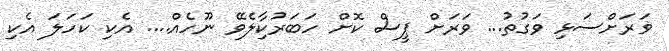
ޥަރަށްސަޅި ވަގުތު... ވަރަށް ޕީސް ކޮށް ހަބަރުކިާލެވޭ ނޫހެއް.... އެކި ކަހަލަ އެކި